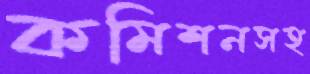
কমিশনসহ